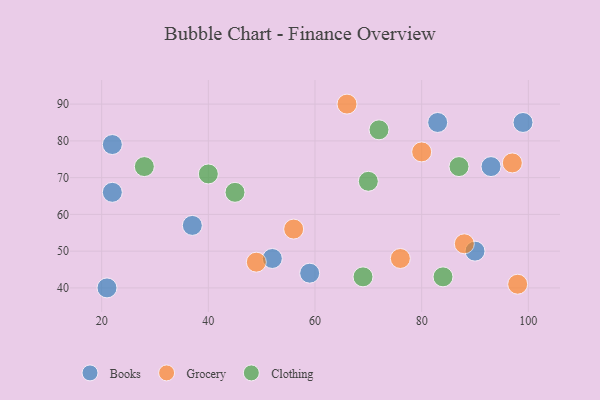
{"axis": {"x": "GDP", "y": "Life Expectancy"}, "legend": ["Books", "Clothing", "Grocery"], "data": [{"x": "22", "y": 79, "type": "Books"}, {"x": "83", "y": 85, "type": "Books"}, {"x": "59", "y": 44, "type": "Books"}, {"x": "52", "y": 48, "type": "Books"}, {"x": "21", "y": 40, "type": "Books"}, {"x": "22", "y": 66, "type": "Books"}, {"x": "93", "y": 73, "type": "Books"}, {"x": "90", "y": 50, "type": "Books"}, {"x": "99", "y": 85, "type": "Books"}, {"x": "37", "y": 57, "type": "Books"}, {"x": "76", "y": 48, "type": "Grocery"}, {"x": "98", "y": 41, "type": "Grocery"}, {"x": "80", "y": 77, "type": "Grocery"}, {"x": "56", "y": 56, "type": "Grocery"}, {"x": "49", "y": 47, "type": "Grocery"}, {"x": "88", "y": 52, "type": "Grocery"}, {"x": "97", "y": 74, "type": "Grocery"}, {"x": "66", "y": 90, "type": "Grocery"}, {"x": "69", "y": 43, "type": "Clothing"}, {"x": "45", "y": 66, "type": "Clothing"}, {"x": "84", "y": 43, "type": "Clothing"}, {"x": "72", "y": 83, "type": "Clothing"}, {"x": "40", "y": 71, "type": "Clothing"}, {"x": "70", "y": 69, "type": "Clothing"}, {"x": "87", "y": 73, "type": "Clothing"}, {"x": "28", "y": 73, "type": "Clothing"}]}